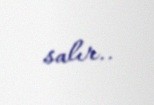
salır..